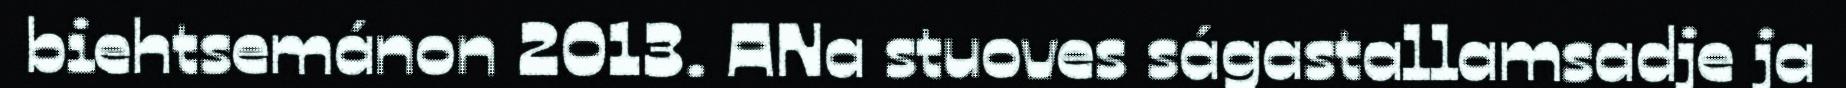
biehtsemánon 2013. ANa stuoves ságastallamsadje ja